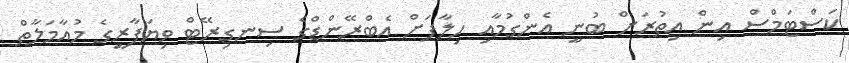
ކަސްޓަމްސް އިން އިތުރަށް ބުނީ އެންގުމާއި ހިލާފަށް އެބްރޭންޑްގެ ސިނގިރޭޓް ވިޔަފާރީގެ މުއާމަލާތް